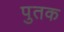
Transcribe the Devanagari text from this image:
पुतक